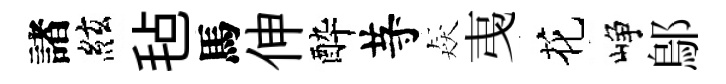
諸絃毡馬伸酔䒭猋𢎯花峥鄔